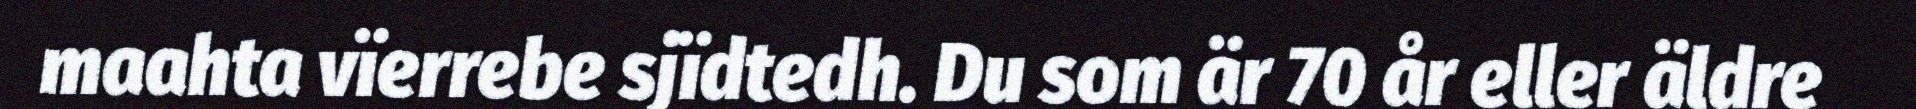
maahta vïerrebe sjïdtedh. Du som är 70 år eller äldre